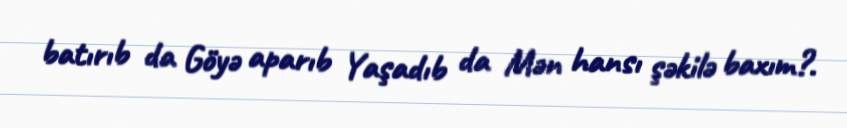
batırıb da Göyə aparıb Yaşadıb da Mən hansı şəkilə baxım?.